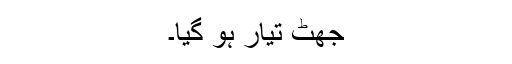
جھٹ تیار ہو گیا۔